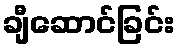
ချီဆောင်ခြင်း